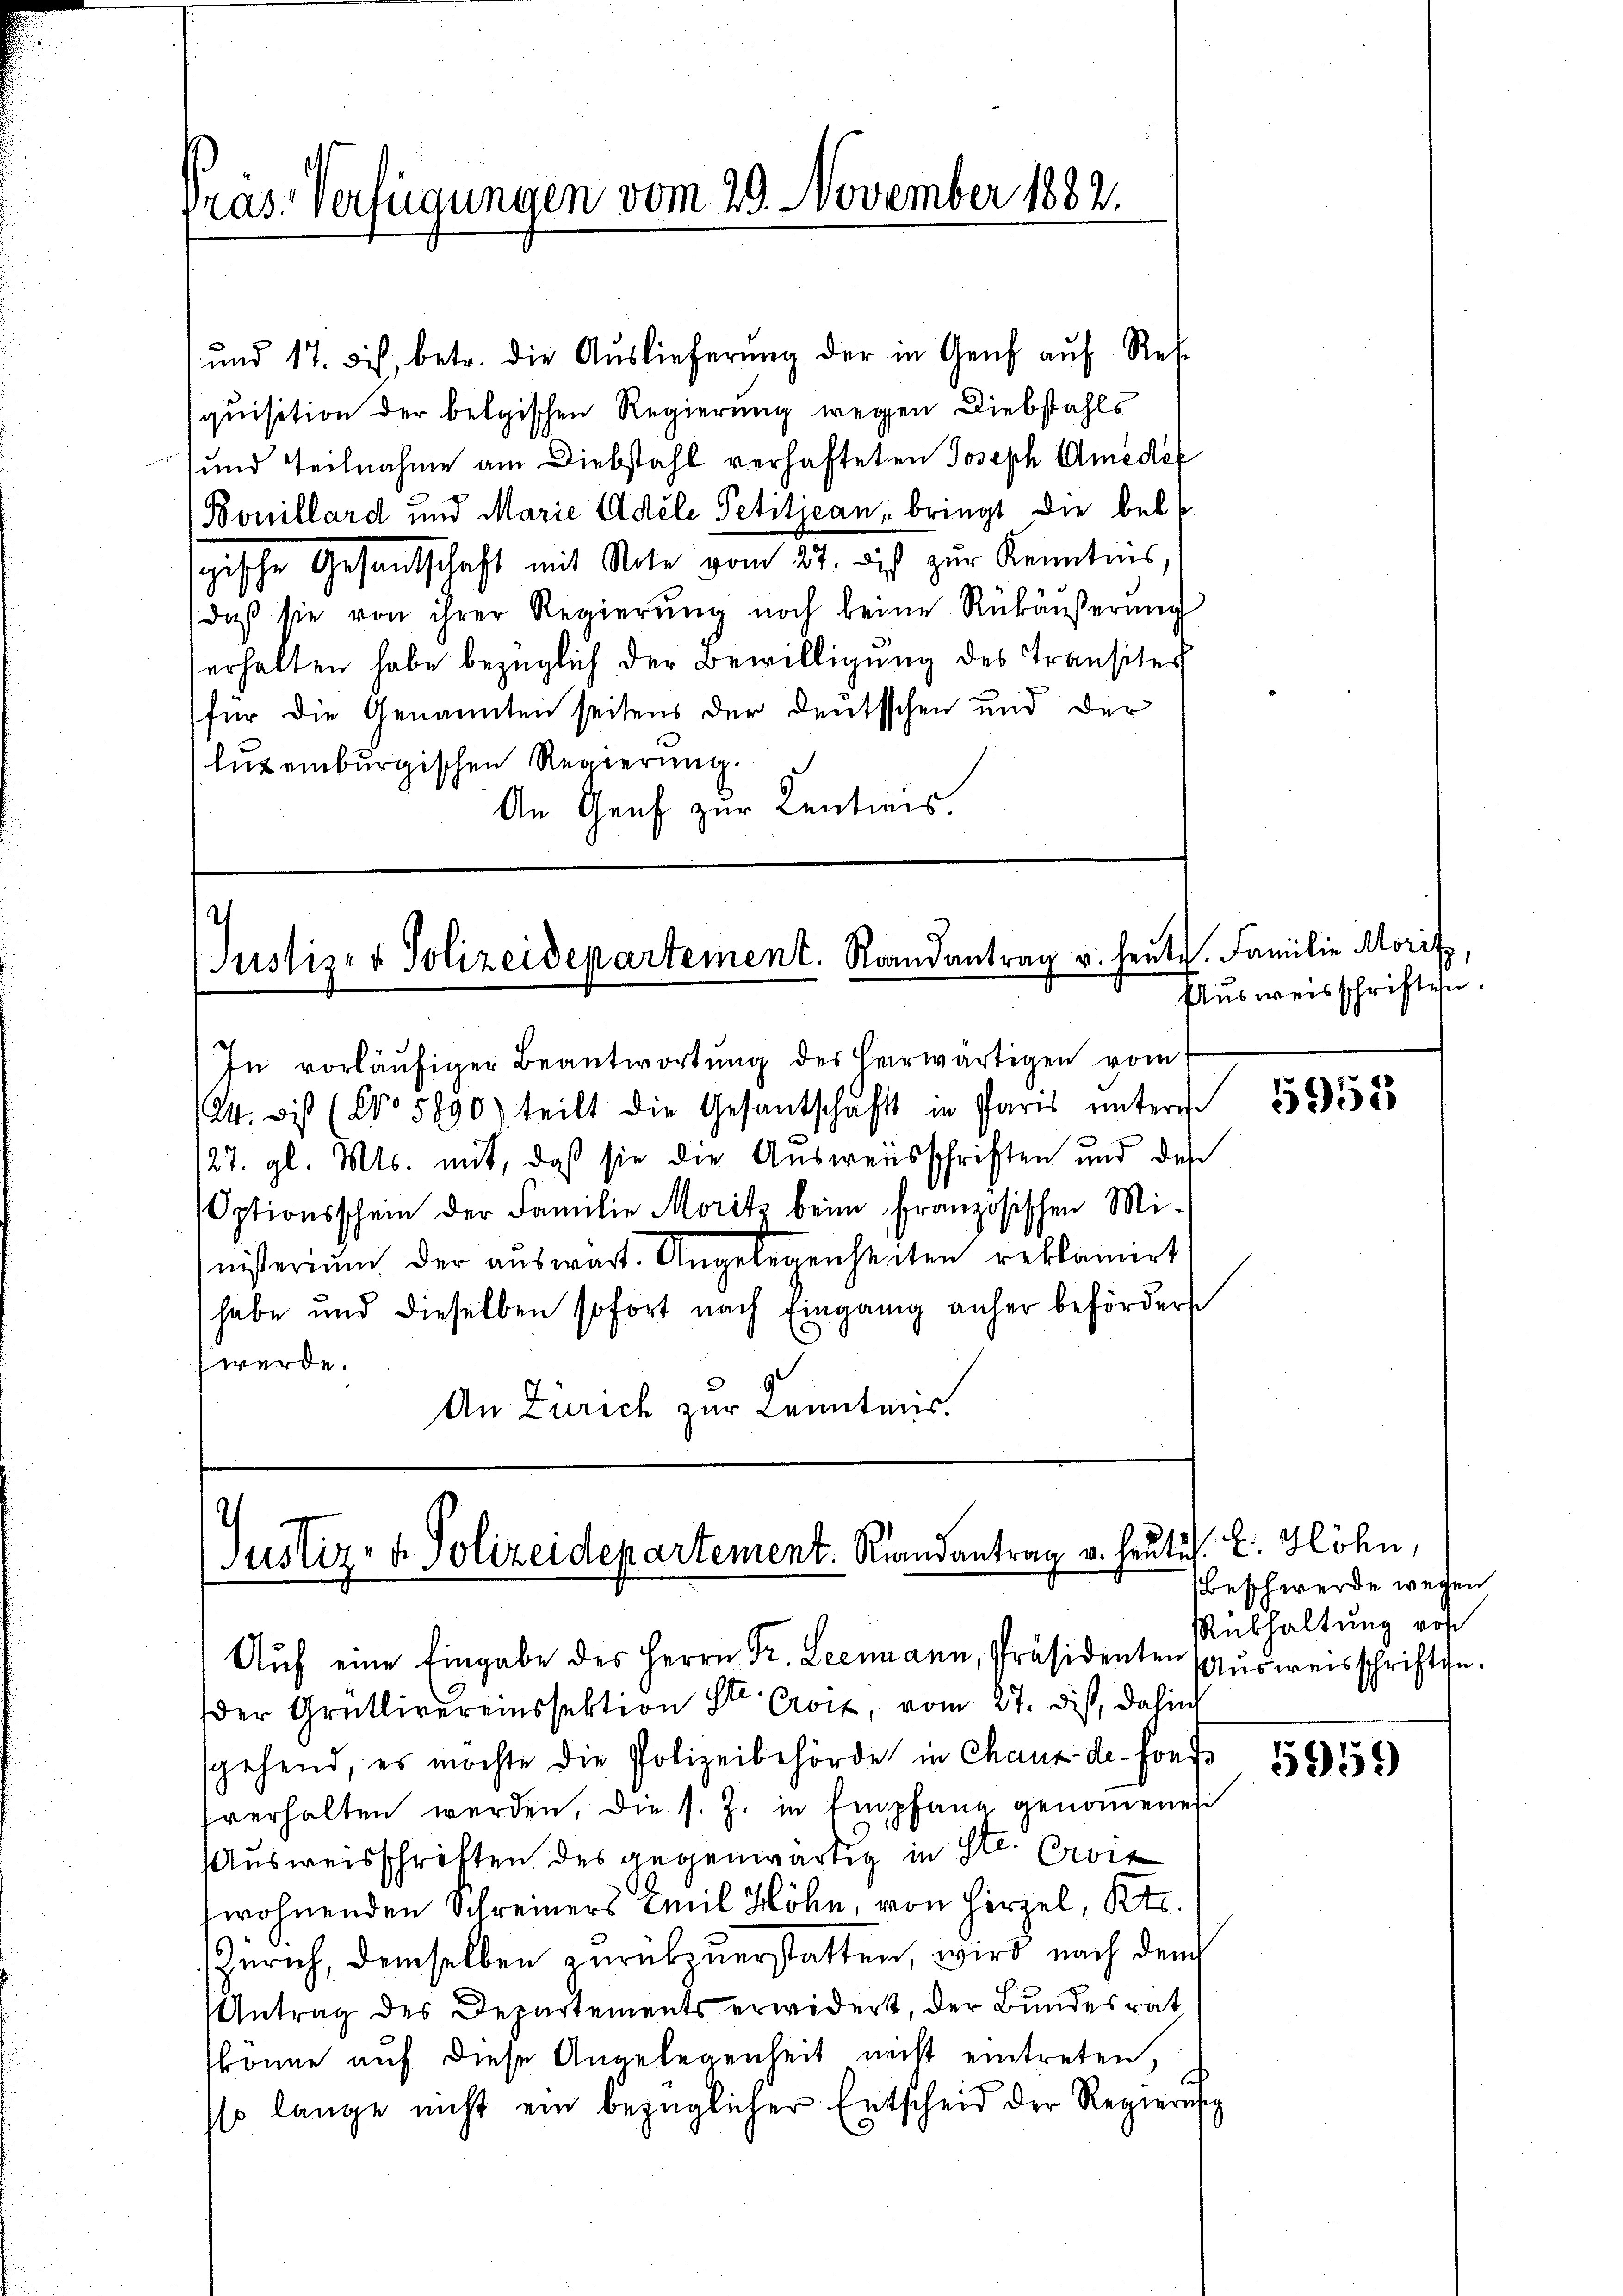
ras. Verfügungen vom 29. November 1882.

1 und 17. Si, betr. die Auslieferung der in Genf auf Rek
quisition der belgischen Regierung wegen Diebstahls
sund Teilnahme am Diebstahl verhafteten Joseph Amedi
Bouillard und Marie Adele Petitjean, bringt die bel
gische Gesandtschaft mit Note vom 27. bis zur Kenntnis
daβ sie von ihrer Regierŭng noch keine Rükäußerung
erhalten habe bezüglich der Bewilligung des Transites
(für die Genannten seitens der deutschen und der
lut einburgischen Regierung.
An Genf zur Centiers.

2
Justiz- & Polizeidepartement. Raandantrag v. heute. Familie Morit

Justiz- & Polizeidepartement. Rindantrag v. Heute. E. Höhn,
Aŭf eine Eingabe des Herrn Dr. Lecimann, Präsidenten Ausweisschriften.

Ausweisschriften.

In vorläufiger Beantwortung des herwärtigen vom
124. ds (No 5890) teilt die Gesantschaft in Paris ŭntern 1525588
/27. gl. Mts. mit, daß sie die Ausweisschriften und den
Optionsschein der Familie Morits beim französischen Ministerium der auswart. Angelegenheiten reklamirt
habe und dieselben sofort nach Eingang anher befördert
werde.
An Zürich zur Kenntnis.

der Grütlivereinssektion St. Grotz, vom 27. dist, dahin
sgehend, es möchte die Polizeibehörde in Chaux-de-Fonds
fverhalten werden, die s. Z. in Empfang genommen
Ausweisschriften des gegenwärtig in St. Croit
wohnenden Schreiners Emil Höhn, von Hirzel, Kt.
Zürich, demselben zurükzuerstatten, wird nach dem
Antrag des Departements erwidert, der Bundesrat
könne auf diese Angelegenheit nicht eintreten,
sso lange nicht ein bezüglicher Entscheid der Regierun

Beschwerde wegen
Rübhaltung von
5959